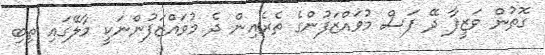
ގޮތުން ވަޒީފާ ދޭ ފަސް މުވައްޒަފުންގެ ތެރެއިން ދެ މުވައްޒަފުންނަކީ މާލޭގައި ތިބި